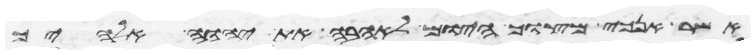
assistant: אשר אנכי מצוך היום לאהבה את יהוה אלהיך